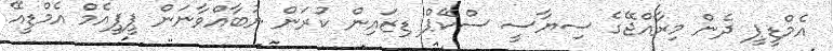
އެމްޑީޕީ ދެން މިރާއްޖޭގެ ސިޔާސީ ސްކޭޕް ޑިޒައިން ކުރަން ނުބާއްވާނަން ޕީޕީއެމް އެމްޑީއޭ